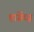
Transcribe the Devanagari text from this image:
हार्ग्रेव्ज़